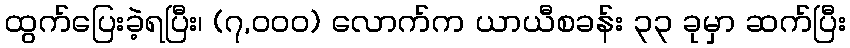
ထွက်ပြေးခဲ့ရပြီး၊ (၇,၀၀၀) လောက်က ယာယီစခန်း ၃၃ ခုမှာ ဆက်ပြီး